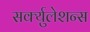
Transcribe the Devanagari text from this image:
सर्क्युलेशन्स